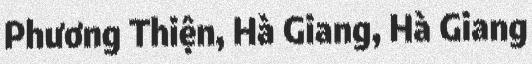
Phương Thiện, Hà Giang, Hà Giang